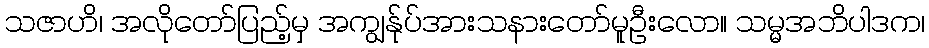
သဇာဟိ၊ အလိုတော်ပြည့်မှ အကျွန်ုပ်အားသနားတော်မူဦးလော။ သမ္မအဘိပါဒက၊